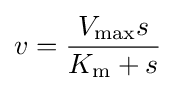
v={\frac {V_{\max }s}{K_{\mathrm {m} }+s}}